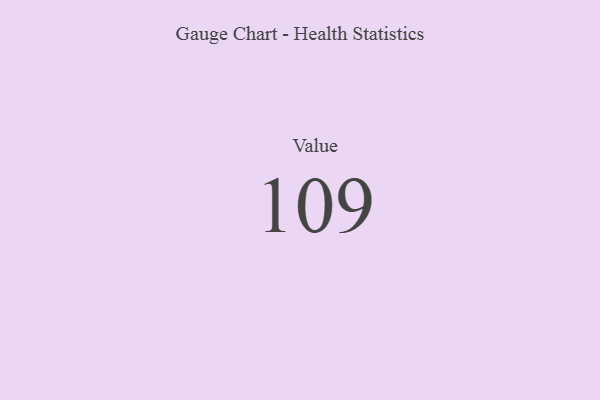
{"axis": {"x": "Metric", "y": "Value"}, "legend": [""], "data": [{"x": "Value", "y": 109, "type": ""}]}